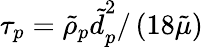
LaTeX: \tau_{p}={\tilde{\rho}_{p}\tilde{d}}_{p}^{2}/\left(18\tilde{\mu}\right)